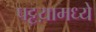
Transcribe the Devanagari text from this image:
पट्टय़ामध्ये